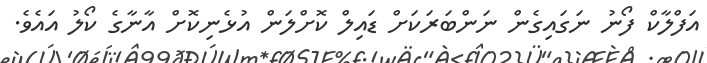
އަފްލާކް ފޯނު ނަގައިގެން ނަންބަރަކަށް ޑައިލް ކޮށްލަން އުޅެނިކޮށް އާނާގެ ކޯލު އައެވެ.